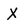
Character: X